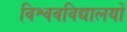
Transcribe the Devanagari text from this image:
विश्ववविद्यालयों